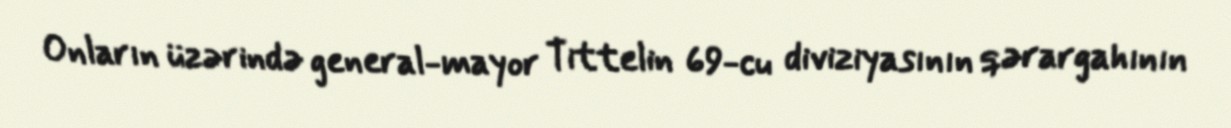
Onların üzərində general-mayor Tittelin 69-cu diviziyasının qərargahının